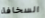
السخافة